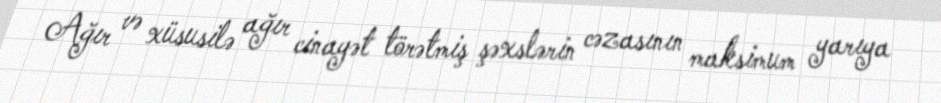
Ağır və xüsusilə ağır cinayət törətmiş şəxslərin cəzasının maksimum yarıya